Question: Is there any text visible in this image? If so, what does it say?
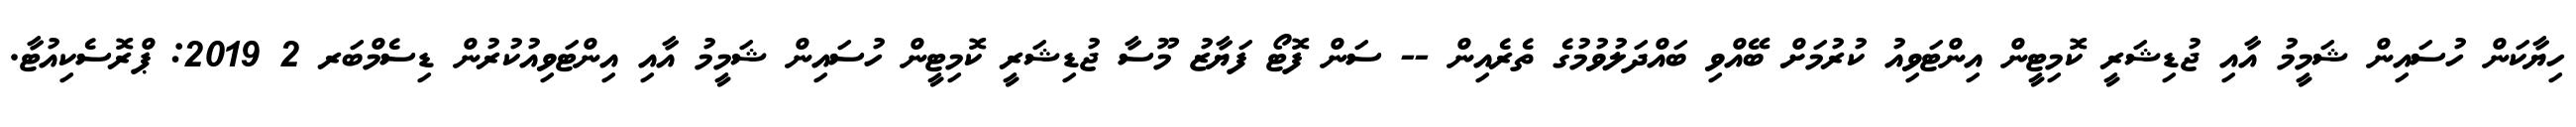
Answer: ހިޔާކަން ހުސައިން ޝަމީމު އާއި ޖުޑިޝަރީ ކޮމިޓީން އިންޓަވިއު ކުރުމަށް ބޭއްވި ބައްދަލުވުމުގެ ތެރެއިން -- ސަން ފޮޓޯ ފަޔާޒު މޫސާ ޖުޑިޝަރީ ކޮމިޓީން ހުސައިން ޝަމީމު އާއި އިންޓަވިއުކުރުން ޑިސެމްބަރ 2 2019: ޕްރޮސެކިއުޓާ.